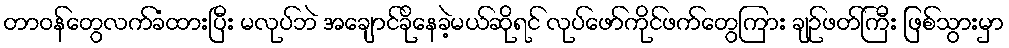
တာဝန်တွေလက်ခံထားပြီး မလုပ်ဘဲ အချောင်ခိုနေခဲ့မယ်ဆိုရင် လုပ်ဖော်ကိုင်ဖက်တွေကြား ချဉ်ဖတ်ကြီး ဖြစ်သွားမှာ